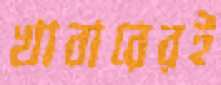
খাবারেরই